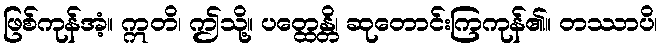
ဖြစ်ကုန်အံ့။ ဣတိ၊ ဤသို့။ ပတ္ထေန္တိ၊ ဆုတောင်းကြကုန်၏။ တဿာပိ၊